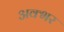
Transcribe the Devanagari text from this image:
अक्भर